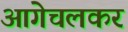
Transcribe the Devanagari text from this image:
आगेचलकर